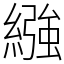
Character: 繈